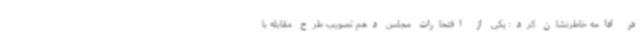
در ادامه خاطرنشان کرد: یکی از افتخارات مجلس دهم تصویب طرح مقابله با